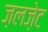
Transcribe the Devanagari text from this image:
ज़लज़ेट